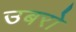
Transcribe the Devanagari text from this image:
उबरो